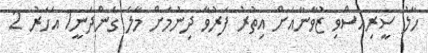
ހާލު ސީރިއަސްވި ޒުވާނާއަށް އިތުރު ފަރުވާ ދިނުމަށް މާލެ ގެންދަނީ1 އަހަރު 2